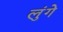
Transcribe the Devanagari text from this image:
लुंगे